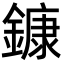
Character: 鏮